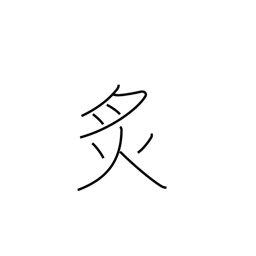
Meaning: cauterize